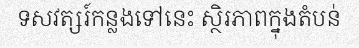
ទសវត្សរ៍កន្លងទៅនេះ ស្ថិរភាពក្នុងតំបន់